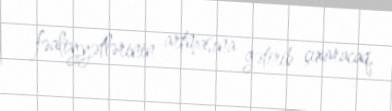
fəaliyyətlərinin artmasına gətirib çıxaracaq.